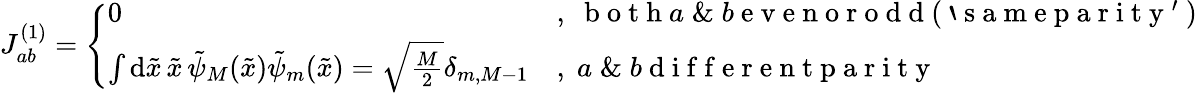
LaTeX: \begin{array}{r}{J_{ab}^{(1)}=\left\{ \begin{array}{ll}{0}&{,\; \mathrm{~b~o~t~h~}a\; \& \; b\mathrm{~e~v~e~n~o~r~o~d~d~(~`~s~a~m~e~p~a~r~i~t~y~'~)~}}\\ {\int\mathrm{d}\tilde{x}\, \tilde{x}\, \tilde{\psi}_{M}(\tilde{x})\tilde{\psi}_{m}(\tilde{x})=\sqrt{\frac{M}{2}}\delta_{m,M-1}}&{,\; a\; \& \; b\mathrm{~d~i~f~f~e~r~e~n~t~p~a~r~i~t~y~}}\end{array}\right.}\end{array}